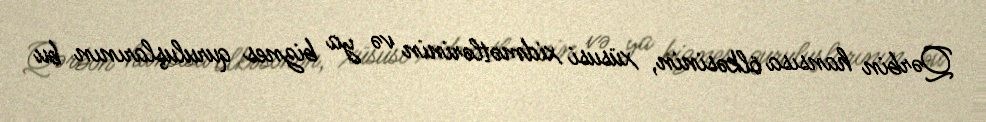
Qərbin hansısa ölkəsinin, xüsusi xidmətlərinin və ya biznes quruluşlarının bu